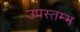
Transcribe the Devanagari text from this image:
उपस्तम्भ